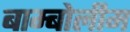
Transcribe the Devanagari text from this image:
बाम्बोलीम